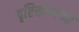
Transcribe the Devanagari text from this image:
दृष्टिकोणगत